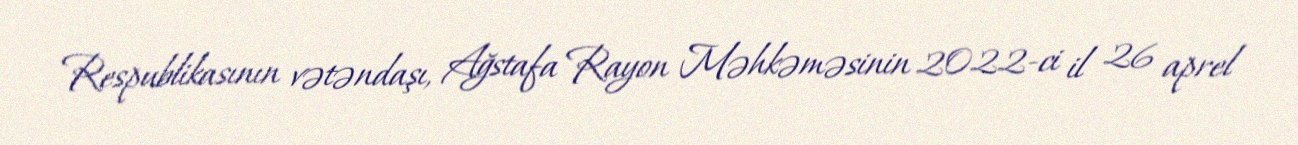
Respublikasının vətəndaşı, Ağstafa Rayon Məhkəməsinin 2022-ci il 26 aprel